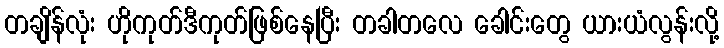
တချိန်လုံး ဟိုကုတ်ဒီကုတ်ဖြစ်နေပြီး တခါတလေ ခေါင်းတွေ ယားယံလွန်းလို့